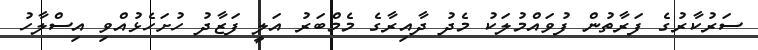
ސަރުކާރުގެ ފަރާތުން ފުވައްމުލަކު މެދު ދާއިރާގެ މެމްބަރު އަލީ ފަޒާދު ހުށަހެޅުއްވި އިސްލާހު